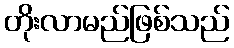
တိုးလာမည်ဖြစ်သည်